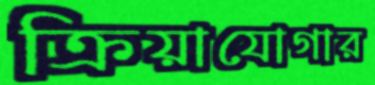
ক্রিয়াযোগার